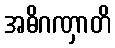
အဓိဂဏှာတိ